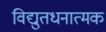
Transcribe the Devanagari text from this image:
विद्युतधनात्मक